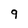
Character: 9